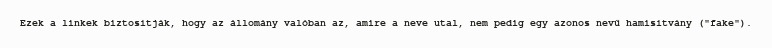
Ezek a linkek biztosítják, hogy az állomány valóban az, amire a neve utal, nem pedig egy azonos nevű hamisítvány ("fake").